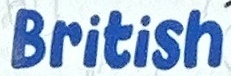
British